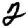
Digit: 2